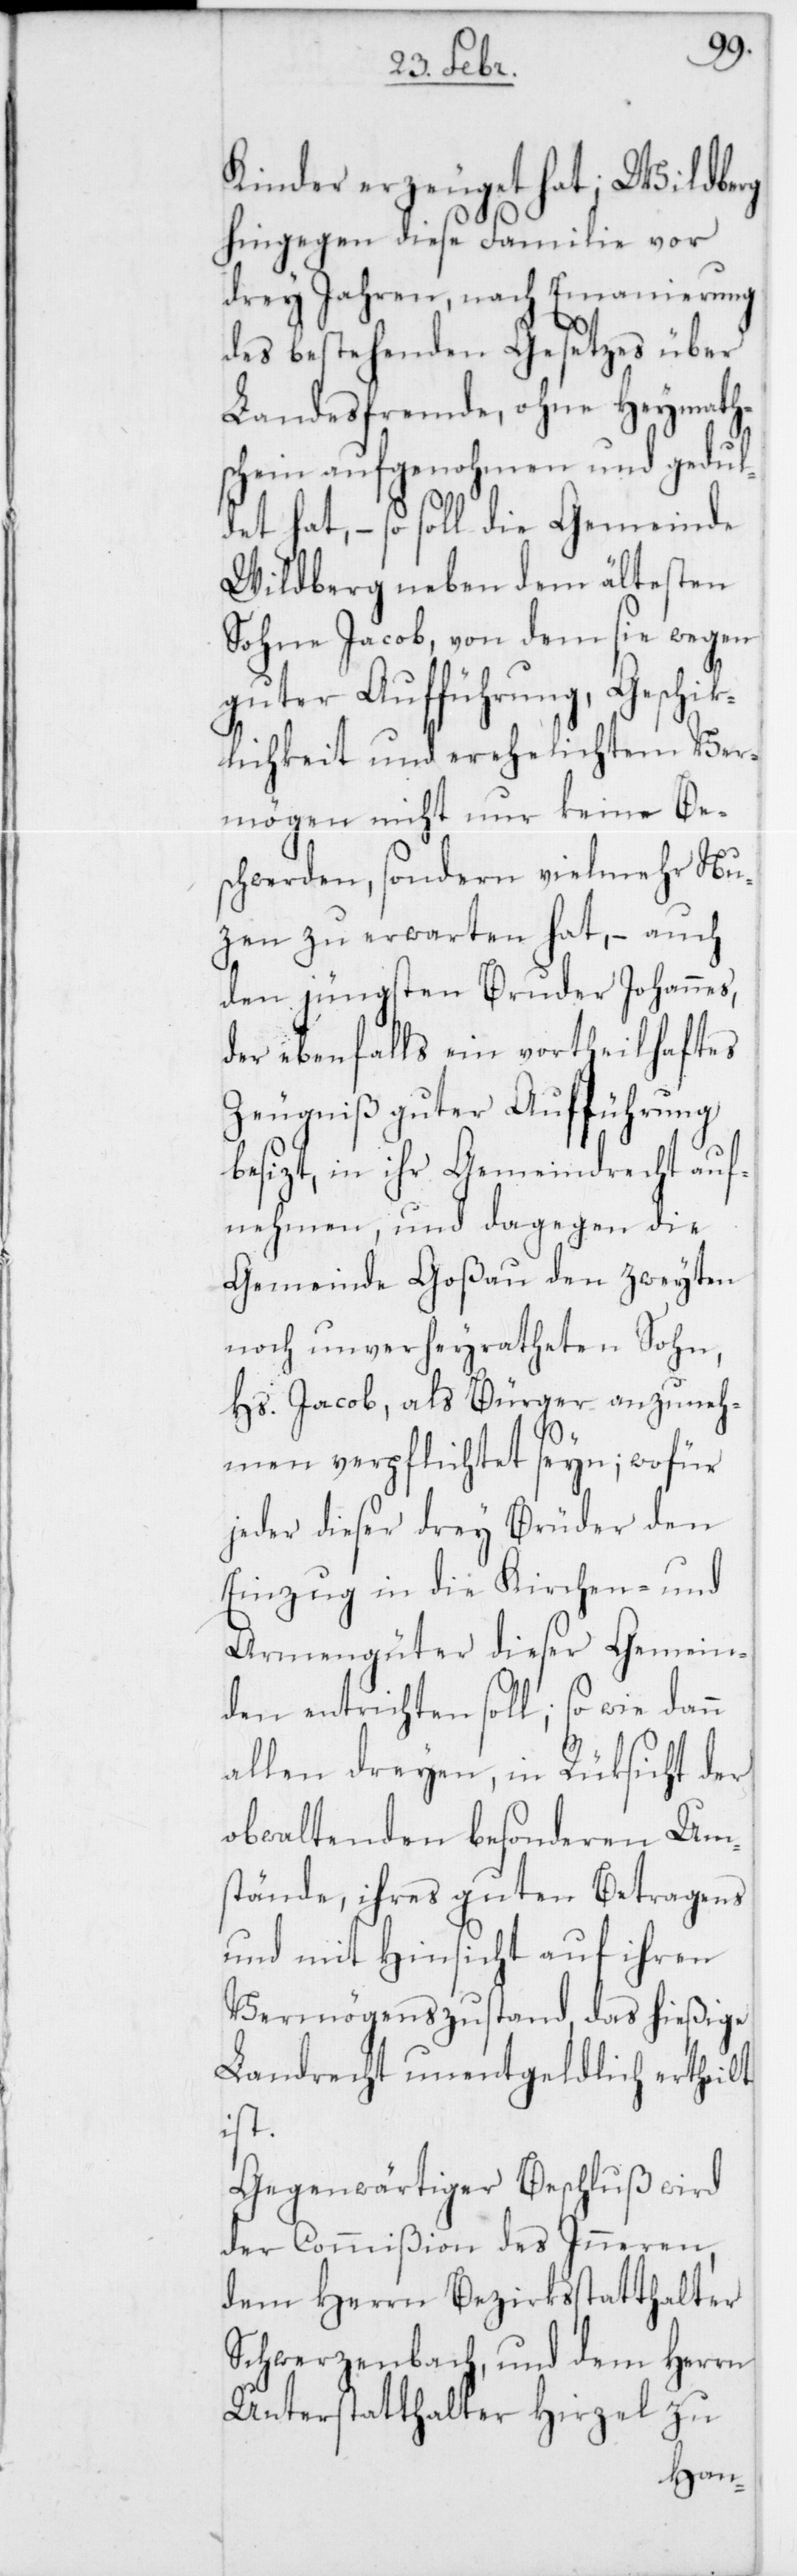
Kinder erzeuget hat; Wildberg
hingegen diese Familie vor
drey Jahren, nach Emanierung
des bestehenden Gesetzes über
Landesfremde, ohne Heymath¬
schein aufgenohmen und gedul¬
det hat, – so soll die Gemeinde
Wildberg neben dem ältesten
Sohne Jacob, von dem sie wegen
guter Aufführung, Geschik¬
lichkeit und verehelichtem Ver¬
mögen nicht nur keine Be¬
schwerden, sondern vielmehr Nu¬
zen zu erwarten hat, – auch
den jüngsten Bruder Johannes,
der ebenfalls ein vortheilhaftes
Zeugniß guter Aufführung
besizt, in ihr Gemeindrecht auf¬
nehmen, und dagegen die
Gemeinde Goßau den zweyten
noch unverheyratheten Sohn,
Hs. Jacob, als Bürger anzuneh¬
men verpflichtet seyn; wofür
jeder dieser drey Brüder den
Einzug in die Kirchen- und
Armengüter dieser Gemein¬
den entrichten soll; so wie dann
allen dreyen, in Rüksicht der
obwaltenden besonderen Um¬
stände, ihres guten Betragens
und mit Hinsicht auf ihren
Vermögenszustand, das hießige
Landrecht unentgeldlich ertheilt
ist.
Gegenwärtiger Beschluß wird
der Commißion des Inneren,
dem Herrn Bezirksstatthalter
Schwerzenbach ,und dem Herrn
Unterstatthalter Hirzel zu